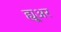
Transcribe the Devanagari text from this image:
ह्यू्अर